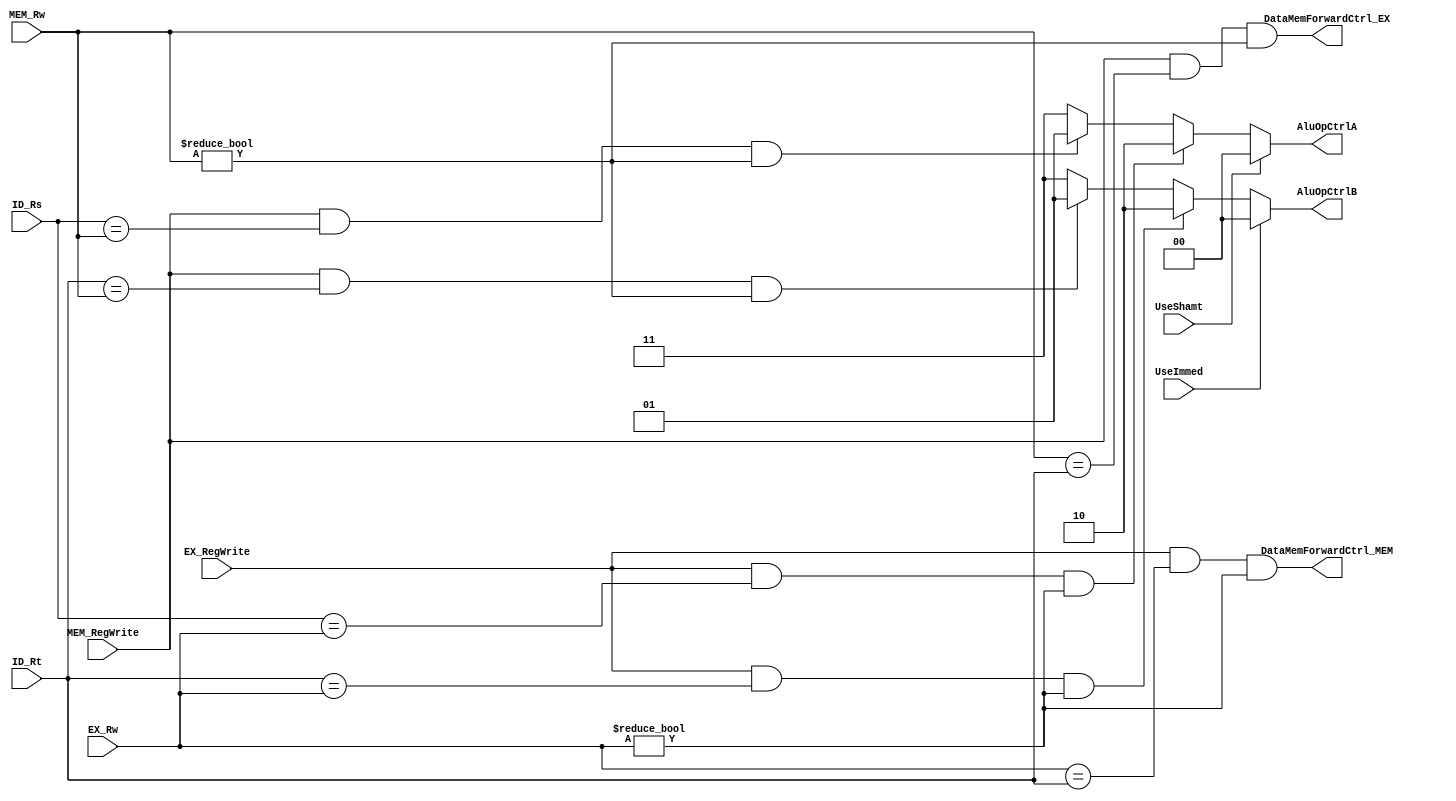
`timescale 1ns / 1ps
module ForwardingUnit(
input UseShamt,
input UseImmed,
input [4:0] ID_Rs,
input [4:0] ID_Rt,
input [4:0] EX_Rw,
input [4:0] MEM_Rw,
input EX_RegWrite,
input MEM_RegWrite,
output reg [1:0] AluOpCtrlA,
output reg [1:0] AluOpCtrlB,
output DataMemForwardCtrl_EX,
output DataMemForwardCtrl_MEM
);

//AluOpCtrlA -> 00 shamt, 01 Register WB, 10 ALu out memory, 11 register a normal 
// AluOpCtrlB -> 00 Sign_exten data, 01 register wb, 10 alu out mem, 11 register b normal. 

always @ (*) begin 
if (UseShamt)
AluOpCtrlA <= 2'b00;

else if (EX_RegWrite && (ID_Rs==EX_Rw) && (EX_Rw!=0) )
AluOpCtrlA <= 2'b10;

else if (MEM_RegWrite && (ID_Rs==MEM_Rw) && (MEM_Rw!=0))
AluOpCtrlA <= 2'b01;

else
AluOpCtrlA <= 2'b11;

end 


always @(*)begin
if (UseImmed)
AluOpCtrlB <= 2'b00;

else if (EX_RegWrite && (ID_Rt==EX_Rw) && (EX_Rw!=0) )
AluOpCtrlB <= 2'b10;

else if ( (MEM_RegWrite) && (ID_Rt == MEM_Rw) && (MEM_Rw!=0) )
AluOpCtrlB <= 2'b01;

else
AluOpCtrlB <= 2'b11;
end

//DataMemForwardCtrl_EX

assign DataMemForwardCtrl_EX = MEM_RegWrite && (MEM_Rw == ID_Rt ) && (MEM_Rw!=0);

//DataMemForwardCtrl_MEM
assign DataMemForwardCtrl_MEM = EX_RegWrite && (EX_Rw == ID_Rt) && (EX_Rw!=0) ;

endmodule